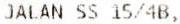
JALAN SS 15/4B,